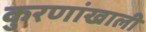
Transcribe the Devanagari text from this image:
कुरणांखाली